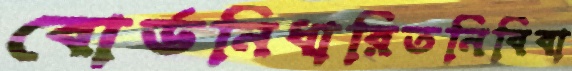
বোর্ডনিধারিতনিবিবা